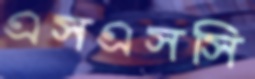
এসএসসি